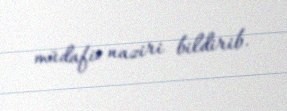
müdafiə naziri bildirib.